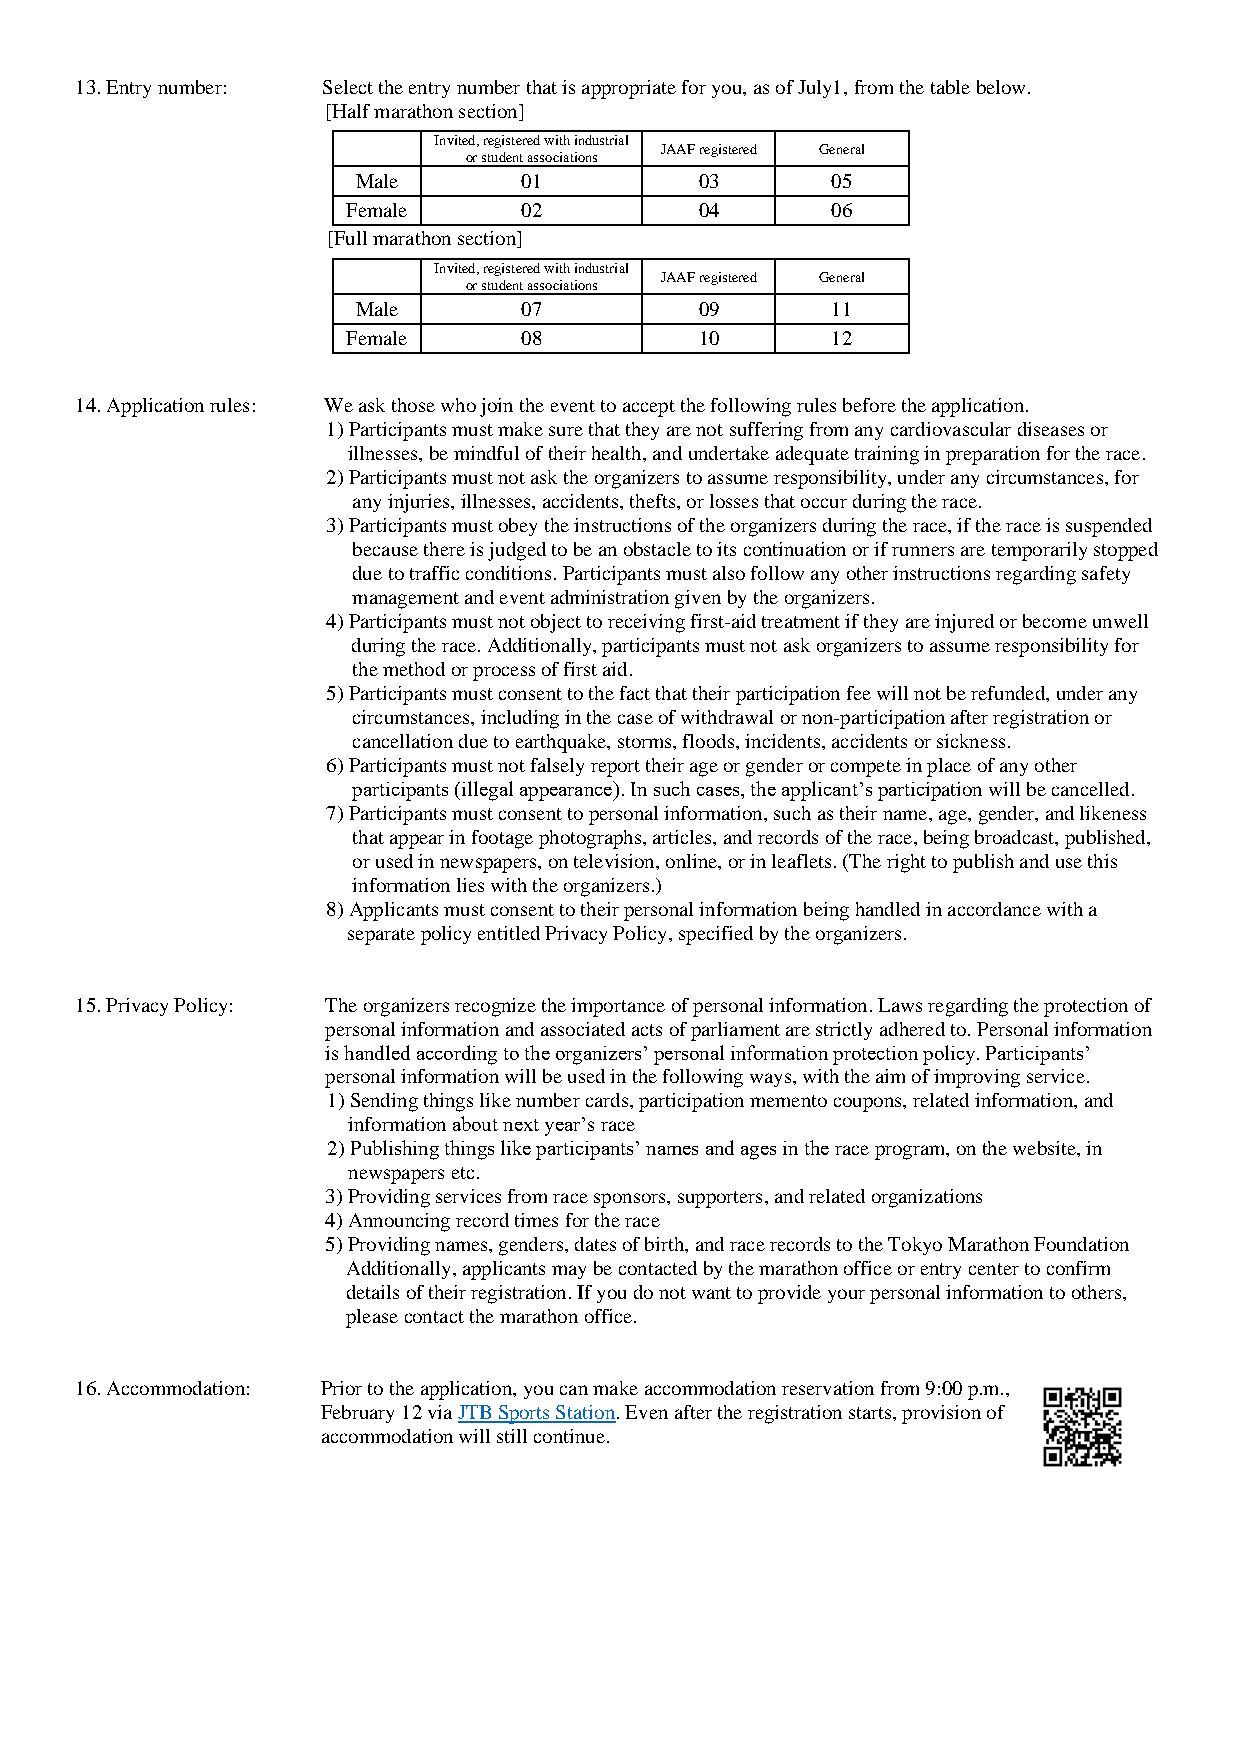
13. Entry number: Select the entry number that is appropriate for you, as of July1, from the table below.
 [Half marathon section]
 Invite od r, sr te ug dis et ne tr e ad
 ss
 w ocit ih
 at
 ii on nd su strial
 JAAF registered General
 Male      01          03       05
 Female     02          04       06
 [Full marathon section]
 Invite od r, sr te ug dis et ne tr e ad
 ss
 w ocit ih
 at
 ii on nd su strial
 JAAF registered General
 Male      07          09       11
 Female     08          10       12
 14. Application rules: We ask those who join the event to accept the following rules before the application.
 1) Participants must make sure that they are not suffering from any cardiovascular diseases or
 illnesses, be mindful of their health, and undertake adequate training in preparation for the race.
 2) Participants must not ask the organizers to assume responsibility, under any circumstances, for
 any injuries, illnesses, accidents, thefts, or losses that occur during the race.
 3) Participants must obey the instructions of the organizers during the race, if the race is suspended
 because there is judged to be an obstacle to its continuation or if runners are temporarily stopped
 due to traffic conditions. Participants must also follow any other instructions regarding safety
 management and event administration given by the organizers.
 4) Participants must not object to receiving first-aid treatment if they are injured or become unwell
 during the race. Additionally, participants must not ask organizers to assume responsibility for
 the method or process of first aid.
 5) Participants must consent to the fact that their participation fee will not be refunded, under any
 circumstances, including in the case of withdrawal or non-participation after registration or
 cancellation due to earthquake, storms, floods, incidents, accidents or sickness.
 6) Participants must not falsely report their age or gender or compete in place of any other
 participants (illegal appearance). In such cases, the applicant’s participation will be cancelled.
 7) Participants must consent to personal information, such as their name, age, gender, and likeness
 that appear in footage photographs, articles, and records of the race, being broadcast, published,
 or used in newspapers, on television, online, or in leaflets. (The right to publish and use this
 information lies with the organizers.)
 8) Applicants must consent to their personal information being handled in accordance with a
 separate policy entitled Privacy Policy, specified by the organizers.
 15. Privacy Policy: The organizers recognize the importance of personal information. Laws regarding the protection of
 personal information and associated acts of parliament are strictly adhered to. Personal information
 is handled according to the organizers’ personal information protection policy. Participants’
 personal information will be used in the following ways, with the aim of improving service.
 1) Sending things like number cards, participation memento coupons, related information, and
 information about next year’s race
 2) Publishing things like participants’ names and ages in the race program, on the website, in
 newspapers etc.
 3) Providing services from race sponsors, supporters, and related organizations
 4) Announcing record times for the race
 5) Providing names, genders, dates of birth, and race records to the Tokyo Marathon Foundation
 Additionally, applicants may be contacted by the marathon office or entry center to confirm
 details of their registration. If you do not want to provide your personal information to others,
 please contact the marathon office.
 16. Accommodation: Prior to the application, you can make accommodation reservation from 9:00 p.m.,
 February 12 via JTB Sports Station. Even after the registration starts, provision of
 accommodation will still continue.